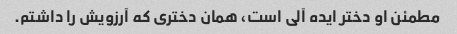
مطمئن او دختر ایده آلی است، همان دختری که آرزویش را داشتم.